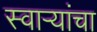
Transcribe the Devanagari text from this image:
स्वार्‍यांचा